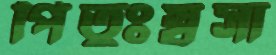
পিতুঃষ্বসা